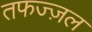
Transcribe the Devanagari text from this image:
तफज्ज़ल